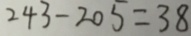
2 4 3 - 2 0 5 = 3 8